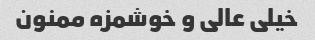
خیلی عالی و خوشمزه ممنون